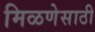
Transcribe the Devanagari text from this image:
मिळणेसाठी